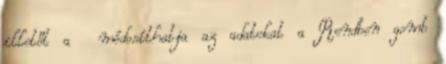
illetőt a módosíthatja az adatokat a Rendben gomb